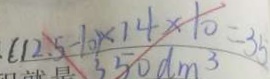
( 1 2 . 5 - 1 0 ) \times 1 4 \times 1 0 = 3 5